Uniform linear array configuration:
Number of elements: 4
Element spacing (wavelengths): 0.25
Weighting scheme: hamming
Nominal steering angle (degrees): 30
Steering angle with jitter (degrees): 28.481
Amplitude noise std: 0.05
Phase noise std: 0.05

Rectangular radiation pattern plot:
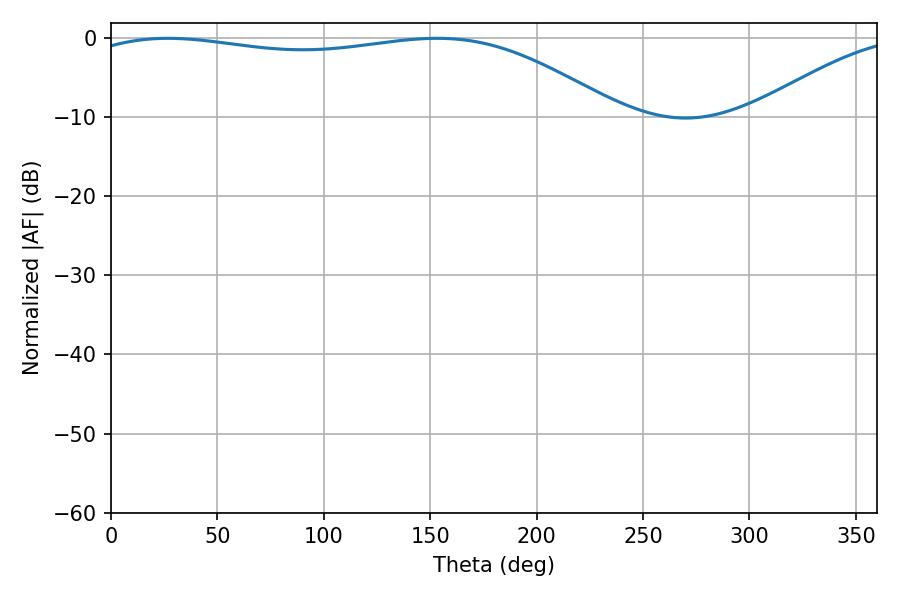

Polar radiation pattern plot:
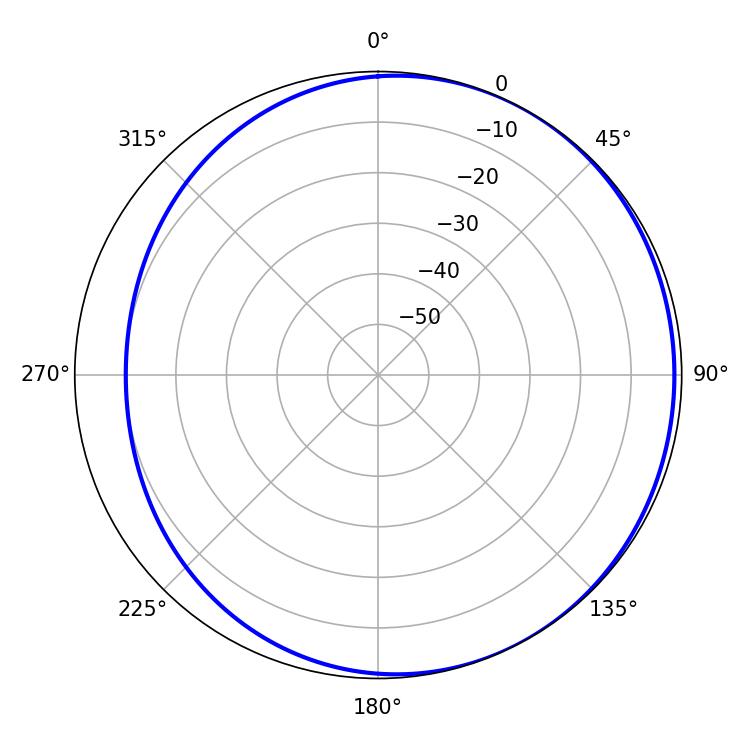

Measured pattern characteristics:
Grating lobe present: FALSE
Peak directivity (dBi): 2.004
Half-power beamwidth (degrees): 200.52
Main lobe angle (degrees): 26.82